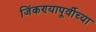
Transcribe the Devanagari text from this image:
जिंकण्यापूर्वीच्या